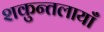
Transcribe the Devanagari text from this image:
शकुन्तलायाँ